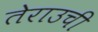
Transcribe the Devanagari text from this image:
तेराउची